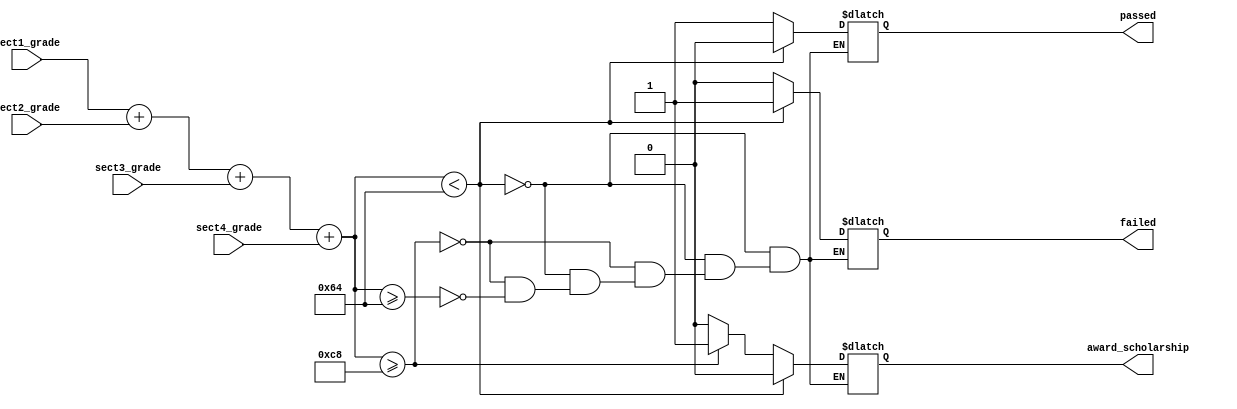
// Code your design here
module test_status(
  input wire [7:0] sect1_grade,
  input wire [7:0] sect2_grade,
  input wire [7:0] sect3_grade,
  input wire [7:0] sect4_grade,
  output wire failed,
  output wire passed,
  output wire award_scholarship);
  
  reg temp_failed;
  reg temp_passed;
  reg temp_award_scholarship;
  reg [15:0] total;
  always @(*)
    begin
      total = sect1_grade + sect2_grade + sect3_grade + sect4_grade;
      if(total < 100)
    begin
      temp_failed = 1;
      temp_passed = 0;
      temp_award_scholarship = 0;
    end
      else if (total >=200)
        begin
          temp_failed = 0;
          temp_passed = 1;
          temp_award_scholarship = 1;
        end
      else if (total >=100)
        begin
          temp_failed = 0;
          temp_passed = 1;
          temp_award_scholarship = 0;
        end
    
  end
  assign failed  = temp_failed;
  assign passed = temp_passed;
  assign award_scholarship = temp_award_scholarship;
 
  /*assign failed = (sect1_grade + sect2_grade +sect3_grade +sect4_grade) < 100;
  assign passed = (sect1_grade + sect2_grade +sect3_grade +sect4_grade) >= 100;
  assign award_scholarship = (sect1_grade + sect2_grade +sect3_grade +sect4_grade) >= 200;*/
  
endmodule